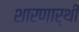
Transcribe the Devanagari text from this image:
शारणार्थी